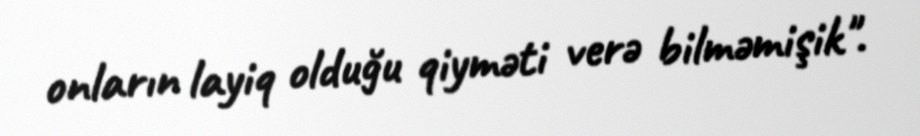
onların layiq olduğu qiyməti verə bilməmişik".